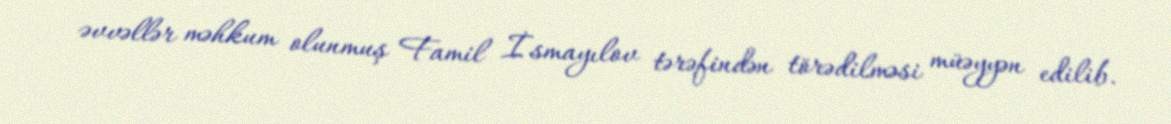
əvvəllər məhkum olunmuş Famil İsmayılov tərəfindən törədilməsi müəyyən edilib.